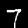
Digit: 7